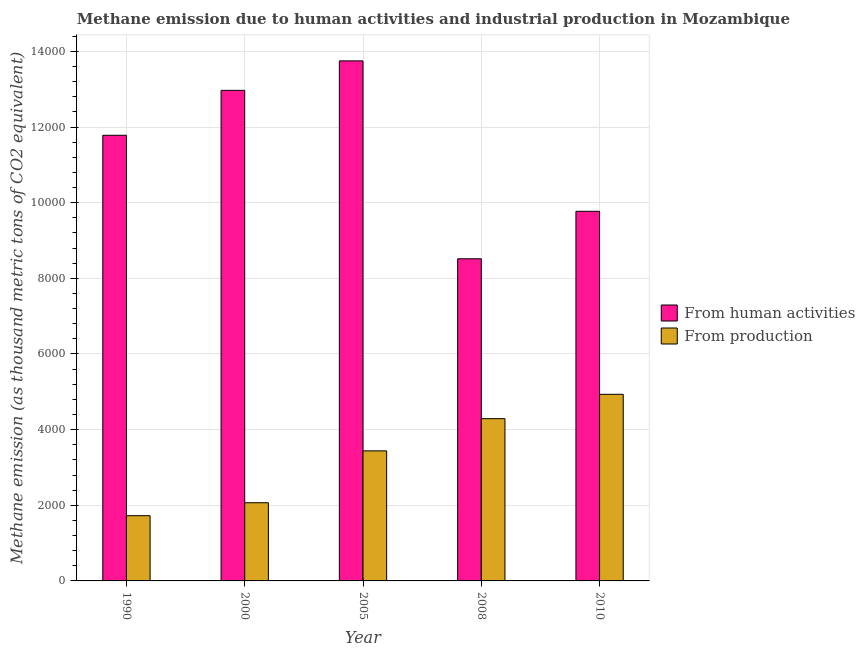
| Year | From human activities | From production |
 | --- | --- | --- |
 | 1990 | 1.18e+04 | 1.72e+03 |
 | 2000 | 1.3e+04 | 2.07e+03 |
 | 2005 | 1.37e+04 | 3.44e+03 |
 | 2008 | 8.52e+03 | 4.29e+03 |
 | 2010 | 9.77e+03 | 4.93e+03 |